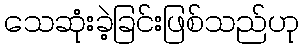
သေဆုံးခဲ့ခြင်းဖြစ်သည်ဟု